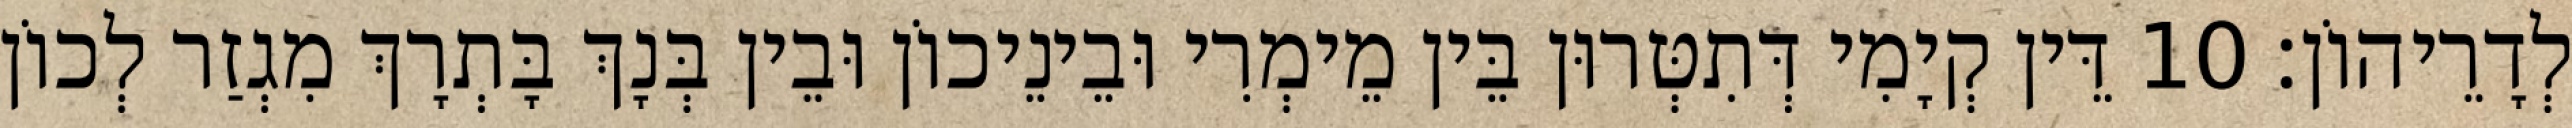
לְדָרֵיהוֹן׃ 10 דֵּין קְיָמִי דְּתִטְּרוּן בֵּין מֵימְרִי וּבֵינֵיכוֹן וּבֵין בְּנָךְ בָּתְרָךְ מִגְזַר לְכוֹן